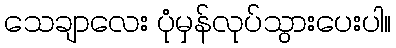
သေချာလေး ပုံမှန်လုပ်သွားပေးပါ။